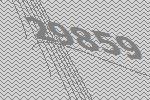
29859